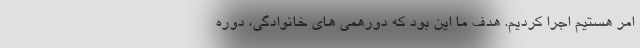
امر هستیم اجرا کردیم. هدف ما این بود که دورهمی های خانوادگی، دوره